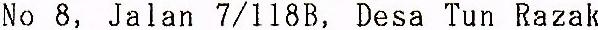
NO 8, JALAN 7/118B, DESA TUN RAZAK